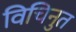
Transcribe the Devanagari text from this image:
विचिनुत